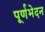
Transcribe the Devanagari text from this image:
पूर्णभेदन